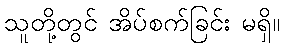
သူတို့တွင် အိပ်စက်ခြင်း မရှိ။